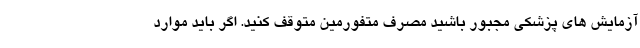
آزمایش های پزشکی مجبور باشید مصرف متفورمین متوقف کنید. اگر باید موارد